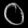
Digit: ၀